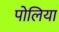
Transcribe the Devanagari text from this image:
पोलिया